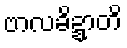
ဗာလခိဍ္ဍာတိ